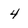
Character: 4